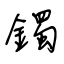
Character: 鐲